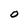
Character: O